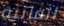
الفاتنة